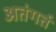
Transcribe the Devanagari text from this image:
अतंगर्त